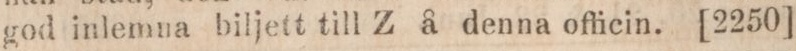
god inlemna biljett till Z å denna officin. [2250]